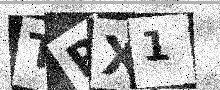
Text: TRX1